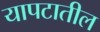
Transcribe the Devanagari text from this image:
यापटातील